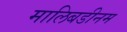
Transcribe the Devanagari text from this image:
मालिबडीनम